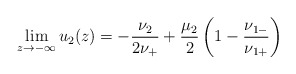
\begin{align*}\lim_{z\to-\infty}u_2(z)=-\frac{\nu_2}{2\nu_+}+\frac{\mu_2}{2}\left(1-\frac{\nu_{1-}}{\nu_{1+}}\right)\end{align*}